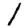
Digit: 1